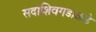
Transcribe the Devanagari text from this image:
सदाशिवगडाकडे